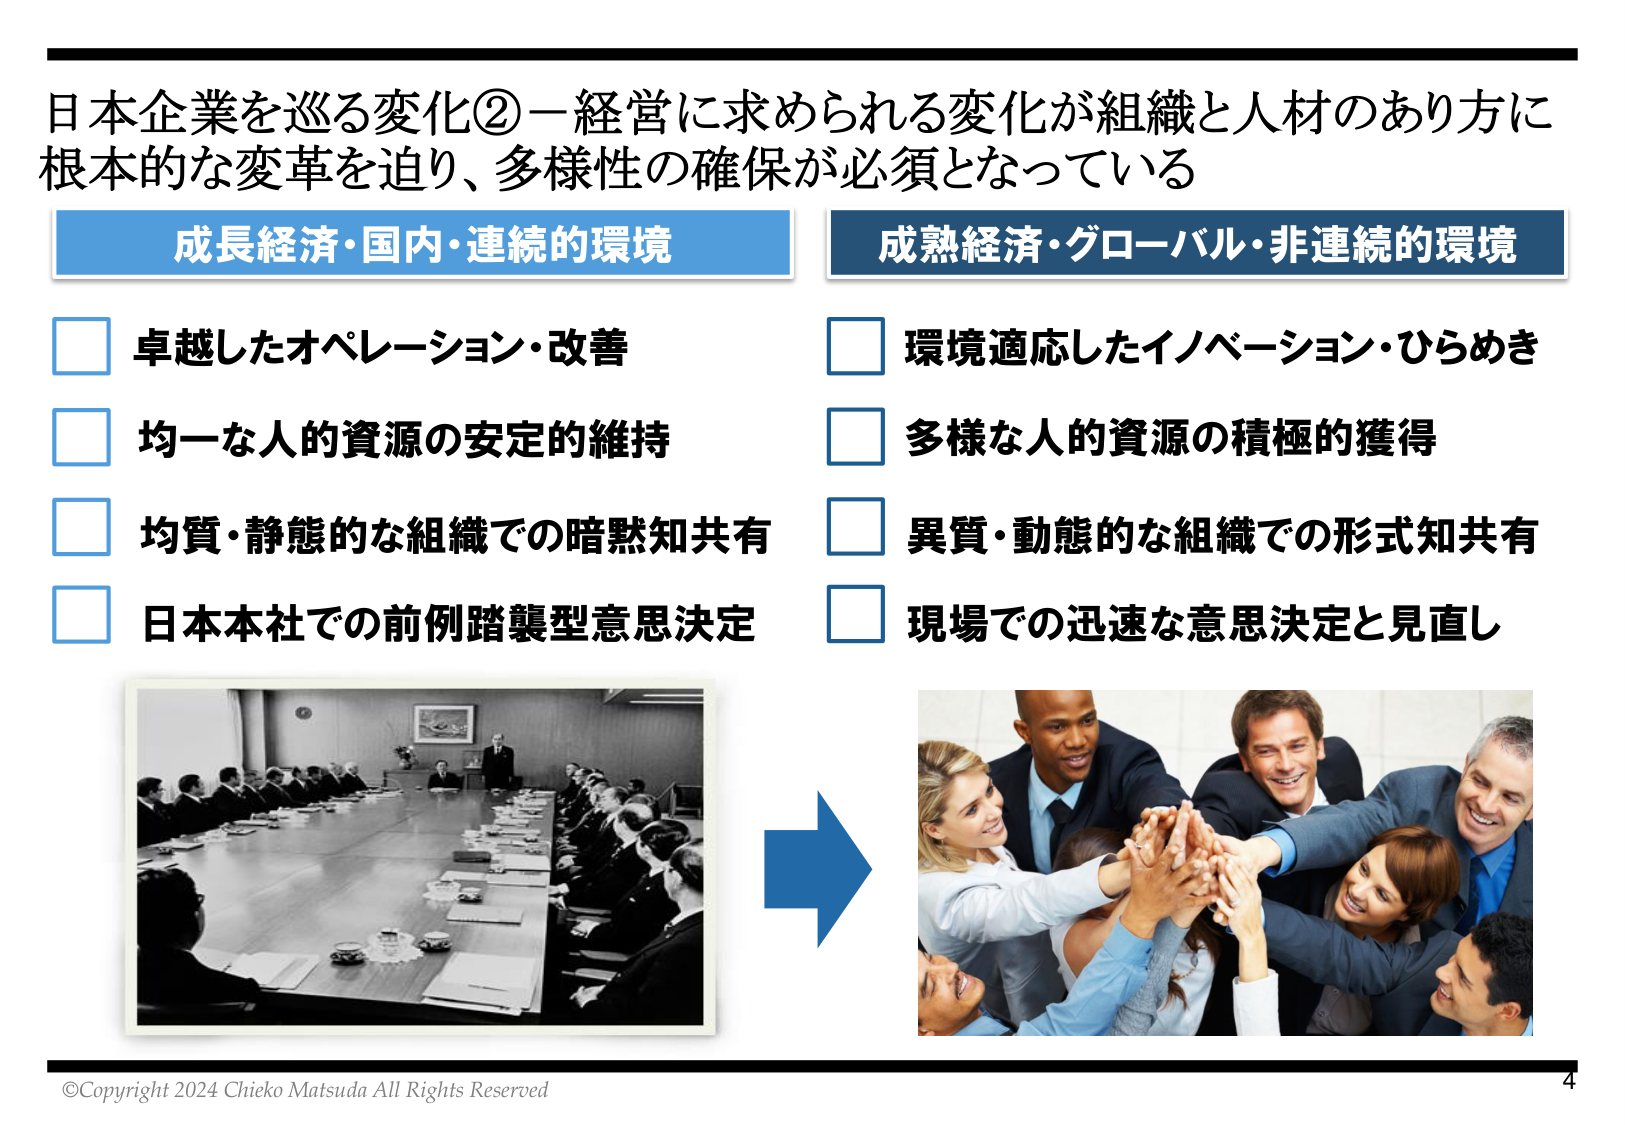
日本企業を巡る変化②－経営に求められる変化が組織と人材のあり方に
根本的な変革を迫り、多様性の確保が必須となっている

成長経済・国内・連続的環境
□ 卓越したオペレーション・改善
□ 均一な人的資源の安定的維持
□ 均質・静態的な組織での暗黙知共有
□ 日本本社での前例踏襲型意思決定

成熟経済・グローバル・非連続的環境
□ 環境適応したイノベーション・ひらめき
□ 多様な人的資源の積極的獲得
□ 異質・動態的な組織での形式知共有
□ 現場での迅速な意思決定と見直し

©Copyright 2024 Chieko Matsuda All Rights Reserved
4